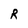
Character: R